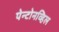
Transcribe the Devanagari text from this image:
पेन्टोनव्हिल